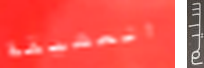
العشيقة سليم